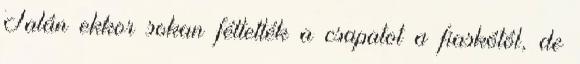
Talán ekkor sokan féltették a csapatot a fiaskótól, de